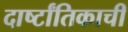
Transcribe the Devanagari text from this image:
दार्ष्टांतिकाची